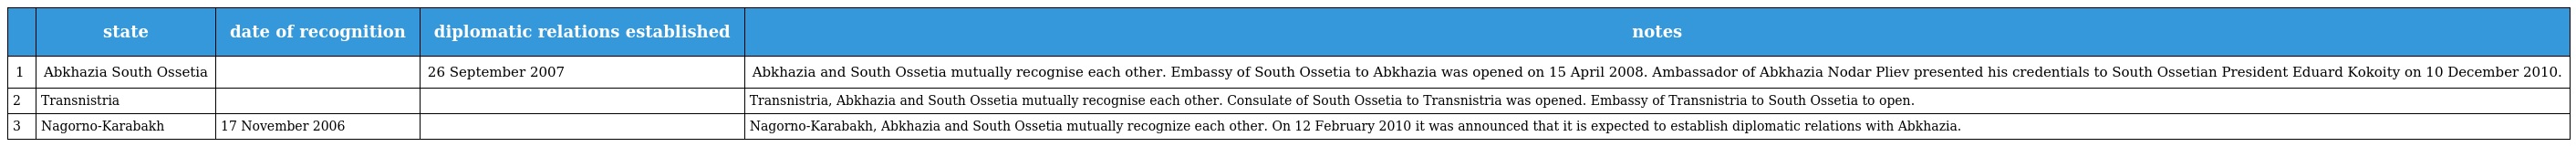
|  | state | date of recognition | diplomatic relations established | notes |
 | --- | --- | --- | --- | --- |
 | 1 | Abkhazia South Ossetia |  | 26 September 2007 | Abkhazia and South Ossetia mutually recognise each other. Embassy of South Ossetia to Abkhazia was opened on 15 April 2008. Ambassador of Abkhazia Nodar Pliev presented his credentials to South Ossetian President Eduard Kokoity on 10 December 2010. |
 | 2 | Transnistria |  |  | Transnistria, Abkhazia and South Ossetia mutually recognise each other. Consulate of South Ossetia to Transnistria was opened. Embassy of Transnistria to South Ossetia to open. |
 | 3 | Nagorno-Karabakh | 17 November 2006 |  | Nagorno-Karabakh, Abkhazia and South Ossetia mutually recognize each other. On 12 February 2010 it was announced that it is expected to establish diplomatic relations with Abkhazia. |